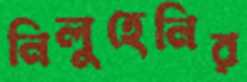
নিলুহেনির